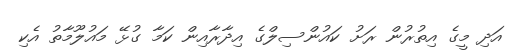
އަދި މީގެ އިތުރުން ރަށު ކައުންސިލްގެ އިދާރާއިން ކަމާ ގުޅޭ މައުލޫމާތު އެކި